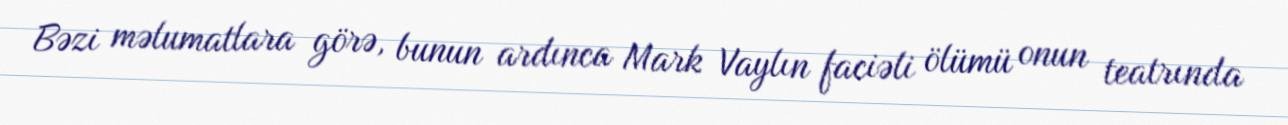
Bəzi məlumatlara görə, bunun ardınca Mark Vaylın faciəli ölümü onun teatrında